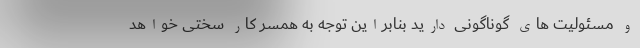
و مسئولیت های گوناگونی دارید بنابراین توجه به همسر کار سختی خواهد